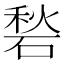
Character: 𱴛